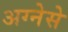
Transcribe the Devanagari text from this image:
अग्नेसे